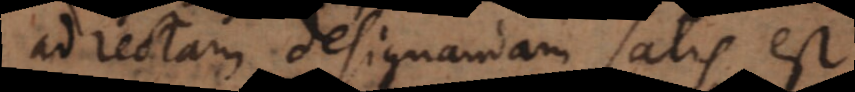
ad rectam designandam satis est